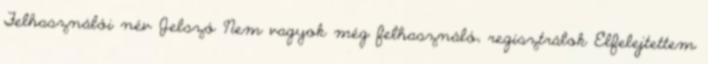
Felhasználói név Jelszó Nem vagyok még felhasználó, regisztrálok Elfelejtettem